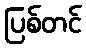
ပြစ်တင်